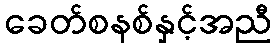
ခေတ်စနစ်နှင့်အညီ